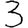
Digit: 3